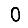
Digit: 0